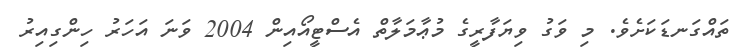
ތައްގަނޑަކަށެވެ. މި ވަގު ވިޔަފާރީގެ މުޢާމަލާތް އެސްޓީއޯއިން 2004 ވަނަ އަހަރު ހިންގިއިރު